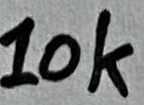
Text: 10k